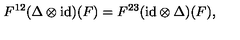
F ^ { 1 2 } ( \Delta \otimes \mathrm { i d } ) ( F ) = F ^ { 2 3 } ( \mathrm { i d } \otimes \Delta ) ( F ) ,